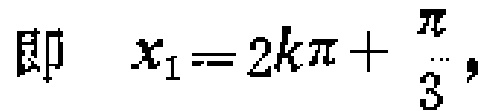
即 \(x_{1}=2k\pi + \frac{\pi}{3}\)，